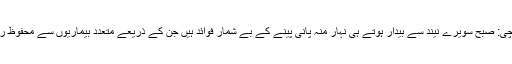
فوٹو: فائل کراچی: صبح سویرے نیند سے بیدار ہوتے ہی نہار منہ پانی پینے کے بے شمار فوائد ہیں جن کے ذریعے متعدد بیماریوں سے محفوظ رہا جاسکتا ہے۔